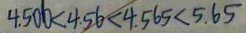
4 . 5 0 0 < 4 . 5 6 < 4 . 5 6 5 < 5 . 6 5